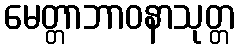
မေတ္တာဘာဝနာသုတ္တ